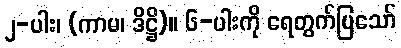
၂-ပါး၊ (ကာမ၊ ဒိဋ္ဌိ)။ ၆-ပါးကို ရေတွက်ပြသော်